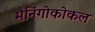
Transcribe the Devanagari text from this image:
मैनिंगोकोकल